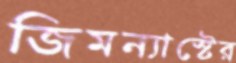
জিমন্যাস্টের